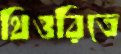
থিওরিতে